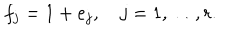
f _ { j } = 1 + e _ { j } , \quad j = 1 , \ldots , r .